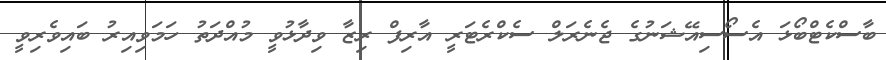
ބާސްކެޓްބޯޅަ އެސޯސިއޭޝަނުގެ ޖެނެރަލް ސެކްރެޓަރީ އާރިފް ރިޒާ ވިދާޅުވީ މުއްދަތު ހަމަވިއިރު ބައިވެރިވީ